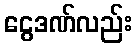
ငွေဒဏ်လည်း